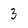
Character: 3